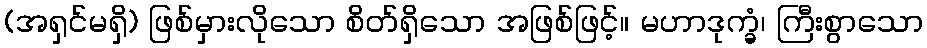
(အရှင်မရှိ) ဖြစ်မှားလိုသော စိတ်ရှိသော အဖြစ်ဖြင့်။ မဟာဒုက္ခံ၊ ကြီးစွာသော